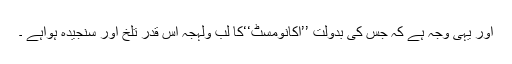
اور یہی وجہ ہے کہ جس کی بدولت ’’اکانومسٹ‘‘کا لب ولہجہ اس قدر تلخ اور سنجیدہ ہواہے ۔